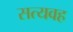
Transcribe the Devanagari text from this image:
सत्यवह